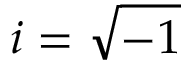
i = \sqrt { - 1 }